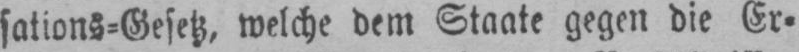
sations⸗Gesetz, welche dem Staate gegen die Er⸗